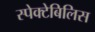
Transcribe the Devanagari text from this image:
स्पेक्टेबिलिस